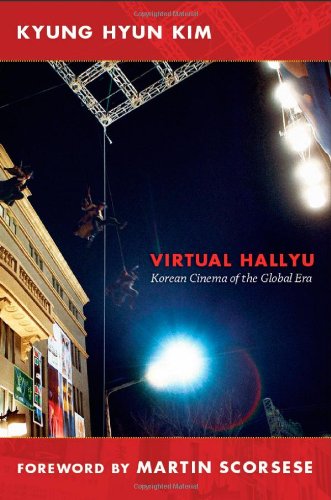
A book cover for Virtual Hallyu: Korean Cinema of the Global Era; Kyung Hyun Kim; History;